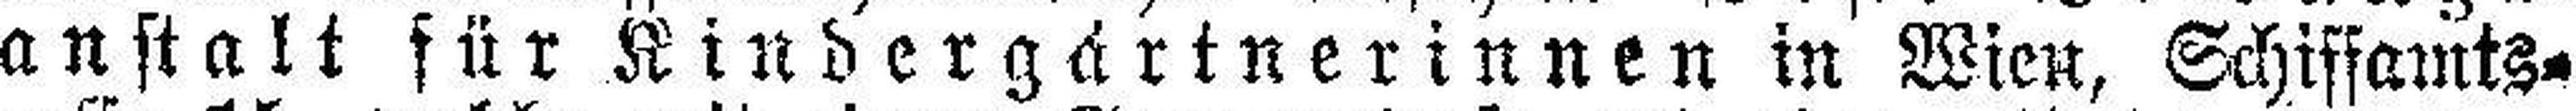
anstalt für Kindergärtnerinnen in Wien, Schiffamts¬